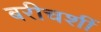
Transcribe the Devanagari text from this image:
बरीचशीं